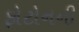
ફોટોનની